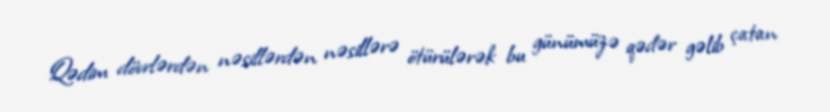
Qədim dövrlərdən nəsillərdən nəsillərə ötürülərək bu günümüzə qədər gəlib çatan